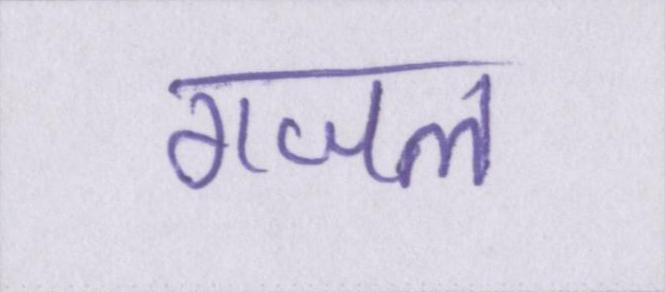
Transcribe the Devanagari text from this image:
गजल